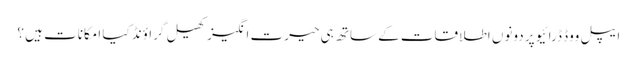
ایپل ووڈ ڈرائیو پر دونوں اطلاقات کے ساتھ ہی حیرت انگیز کھیل گراؤنڈ کیا امکانات ہیں ؟